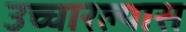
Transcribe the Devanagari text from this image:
उच्चारल्यास